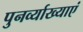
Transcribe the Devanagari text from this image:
पुनर्व्याख्याएं